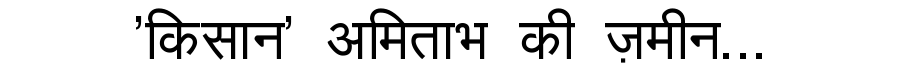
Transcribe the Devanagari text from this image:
'किसान' अमिताभ की ज़मीन...